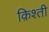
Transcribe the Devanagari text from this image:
क़िश्ती